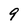
Character: 9